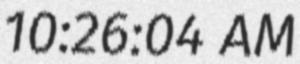
10:26:04 AM